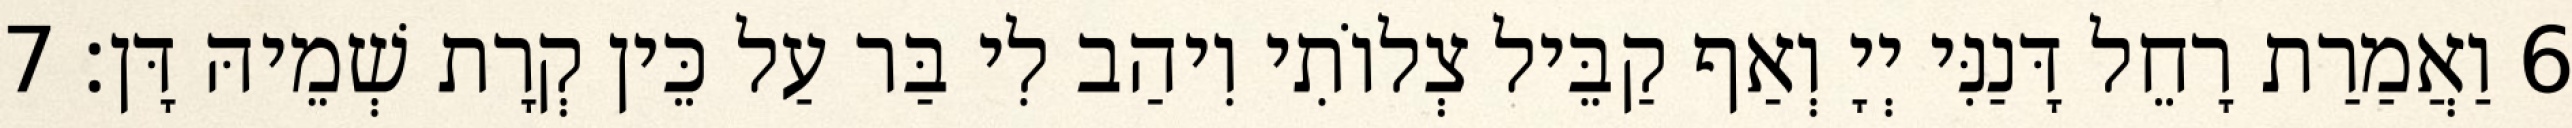
6 וַאֲמַרַת רָחֵל דָּנַנִּי יְיָ וְאַף קַבֵּיל צְלוֹתִי וִיהַב לִי בַּר עַל כֵּין קְרָת שְׁמֵיהּ דָּן׃ 7